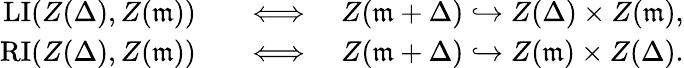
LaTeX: \begin{array}{rl}{\mathrm{LI}(Z(\Delta),Z(\mathfrak{m}))}&{\quad\Longleftrightarrow\quad Z(\mathfrak{m}+\Delta)\hookrightarrow Z(\Delta)\times Z(\mathfrak{m}),}\\ {\mathrm{RI}(Z(\Delta),Z(\mathfrak{m}))}&{\quad\Longleftrightarrow\quad Z(\mathfrak{m}+\Delta)\hookrightarrow Z(\mathfrak{m})\times Z(\Delta).}\end{array}